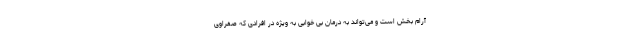
آرام بخش است و می‌تواند به درمان بی خوابی به ویژه در افرادی که صفراوی